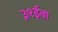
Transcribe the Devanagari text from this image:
३१ईवा